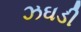
ઝઘડી